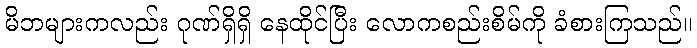
မိဘများကလည်း ဂုဏ်ရှိရှိ နေထိုင်ပြီး လောကစည်းစိမ်ကို ခံစားကြသည်။